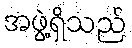
အဖွဲ့ရှိသည်